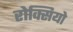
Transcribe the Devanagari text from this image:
रोक्सियो